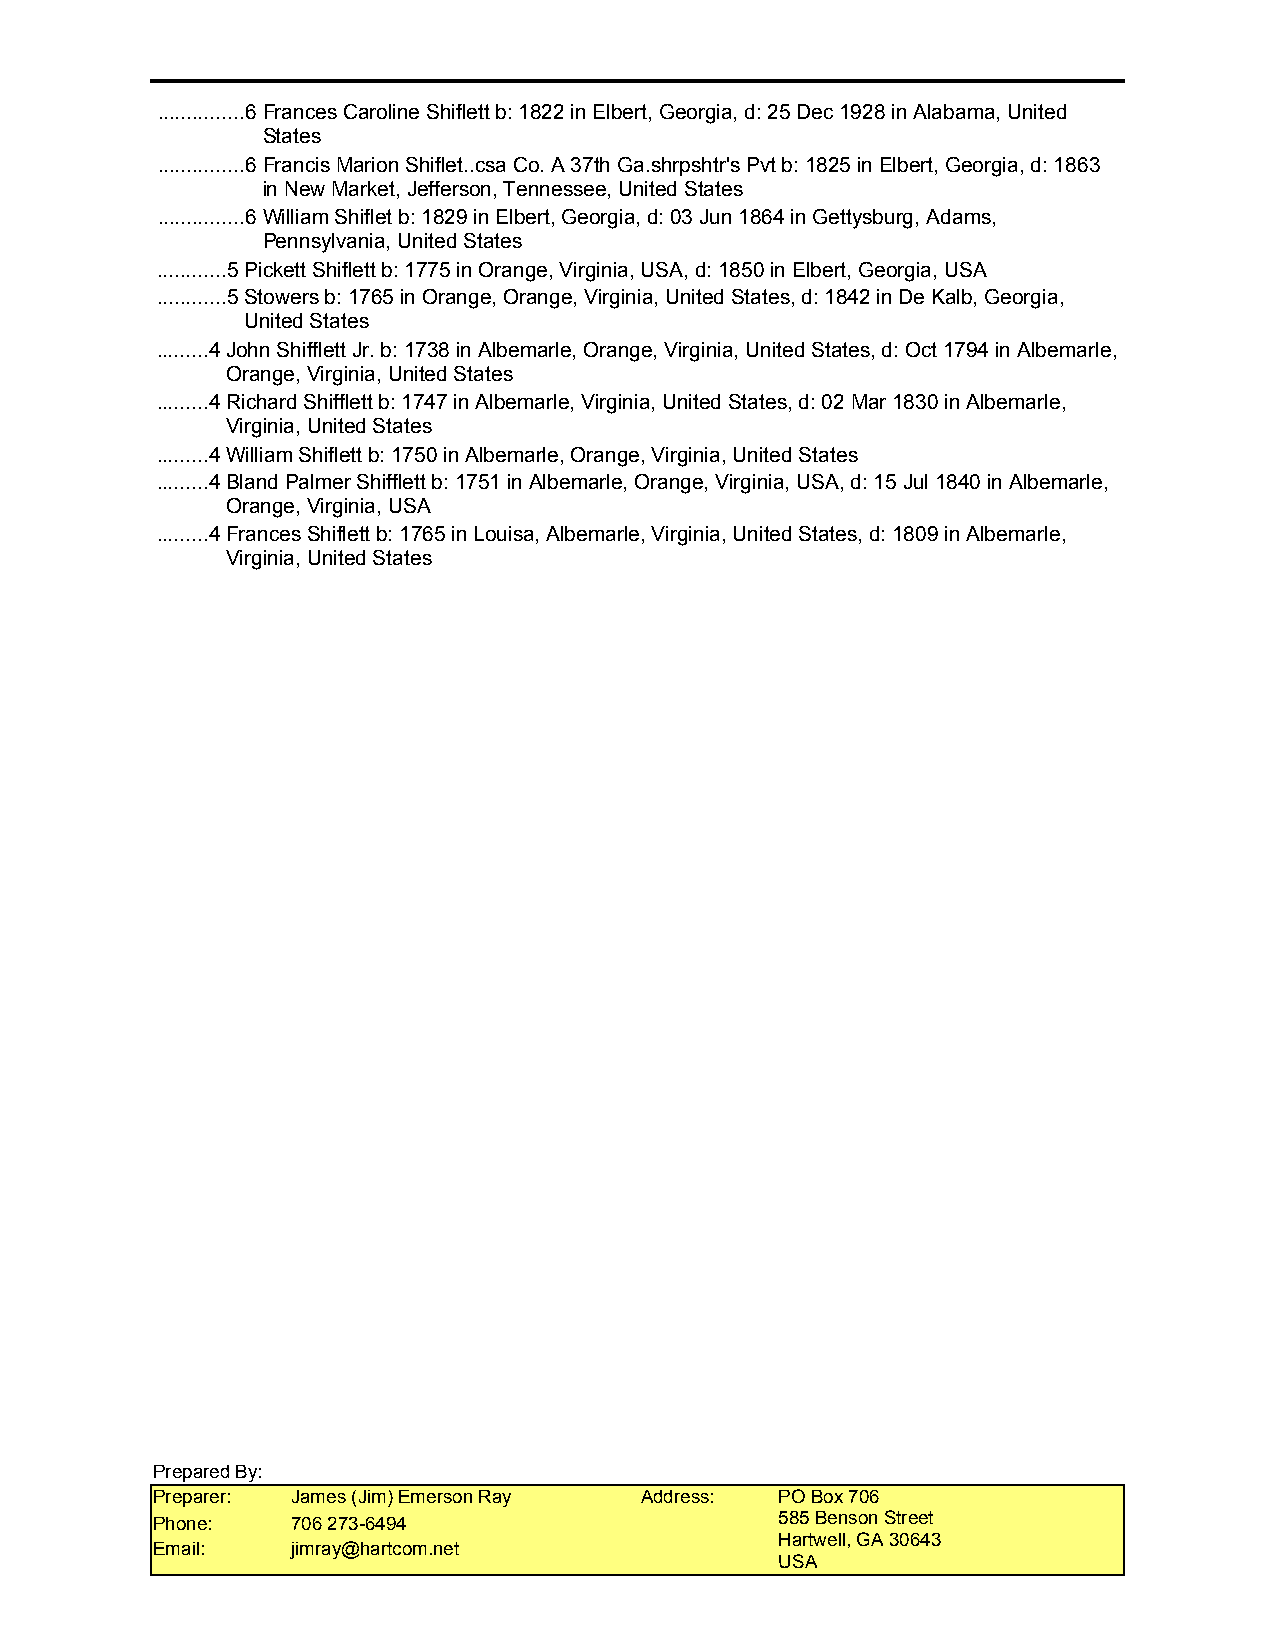
...............6 Frances Caroline Shiflett b: 1822 in Elbert, Georgia, d: 25 Dec 1928 in Alabama, United
 States
 ...............6 Francis Marion Shiflet..csa Co. A 37th Ga.shrpshtr's Pvt b: 1825 in Elbert, Georgia, d: 1863
 in New Market, Jefferson, Tennessee, United States
 ...............6 William Shiflet b: 1829 in Elbert, Georgia, d: 03 Jun 1864 in Gettysburg, Adams,
 Pennsylvania, United States
 ............5Pickett Shiflett b: 1775 in Orange, Virginia, USA, d: 1850 in Elbert, Georgia, USA
 ............5Stowers b: 1765 in Orange, Orange, Virginia, United States, d: 1842 in De Kalb, Georgia,
 United States
 .........4John Shifflett Jr. b: 1738 in Albemarle, Orange, Virginia, United States, d: Oct 1794 in Albemarle,
 Orange, Virginia, United States
 .........4Richard Shifflett b: 1747 in Albemarle, Virginia, United States, d: 02 Mar 1830 in Albemarle,
 Virginia, United States
 .........4William Shiflett b: 1750 in Albemarle, Orange, Virginia, United States
 .........4Bland Palmer Shifflett b: 1751 in Albemarle, Orange, Virginia, USA, d: 15 Jul 1840 in Albemarle,
 Orange, Virginia, USA
 .........4Frances Shiflett b: 1765 in Louisa, Albemarle, Virginia, United States, d: 1809 in Albemarle,
 Virginia, United States
 Prepared By:
 Preparer: James (Jim) Emerson Ray Address: PO Box 706
 Phone:   706 273-6494                     585 Benson Street
 Hartwell, GA 30643
 Email:   jimray@hartcom.net
 USA